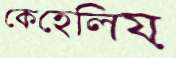
কেহেলিয়